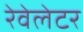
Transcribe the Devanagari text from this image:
रेवेलेटर